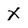
Character: X